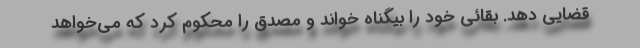
قضایی دهد. بقائی خود را بیگناه خواند و مصدق را محکوم کرد که می‌خواهد